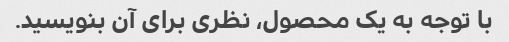
با توجه به یک محصول، نظری برای آن بنویسید.